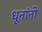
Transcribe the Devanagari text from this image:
धूनांनी